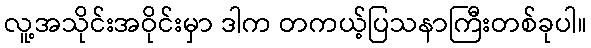
လူ့အသိုင်းအဝိုင်းမှာ ဒါက တကယ့်ပြသနာကြီးတစ်ခုပါ။